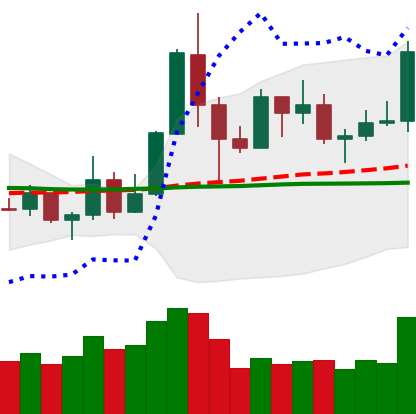
Ticker: TRX-USD
Chart end date: 2019-05-26
Forward return: 5.068%
Label: up_5_7